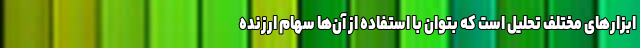
ابزارهای مختلف تحلیل است که بتوان با استفاده از آن‌ها سهام ارزنده